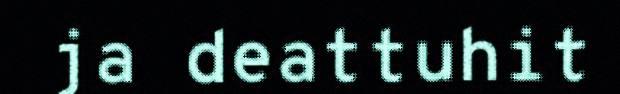
ja deattuhit